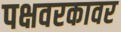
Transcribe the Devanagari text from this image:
पक्षवरकावर